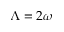
\Lambda = 2 \omega